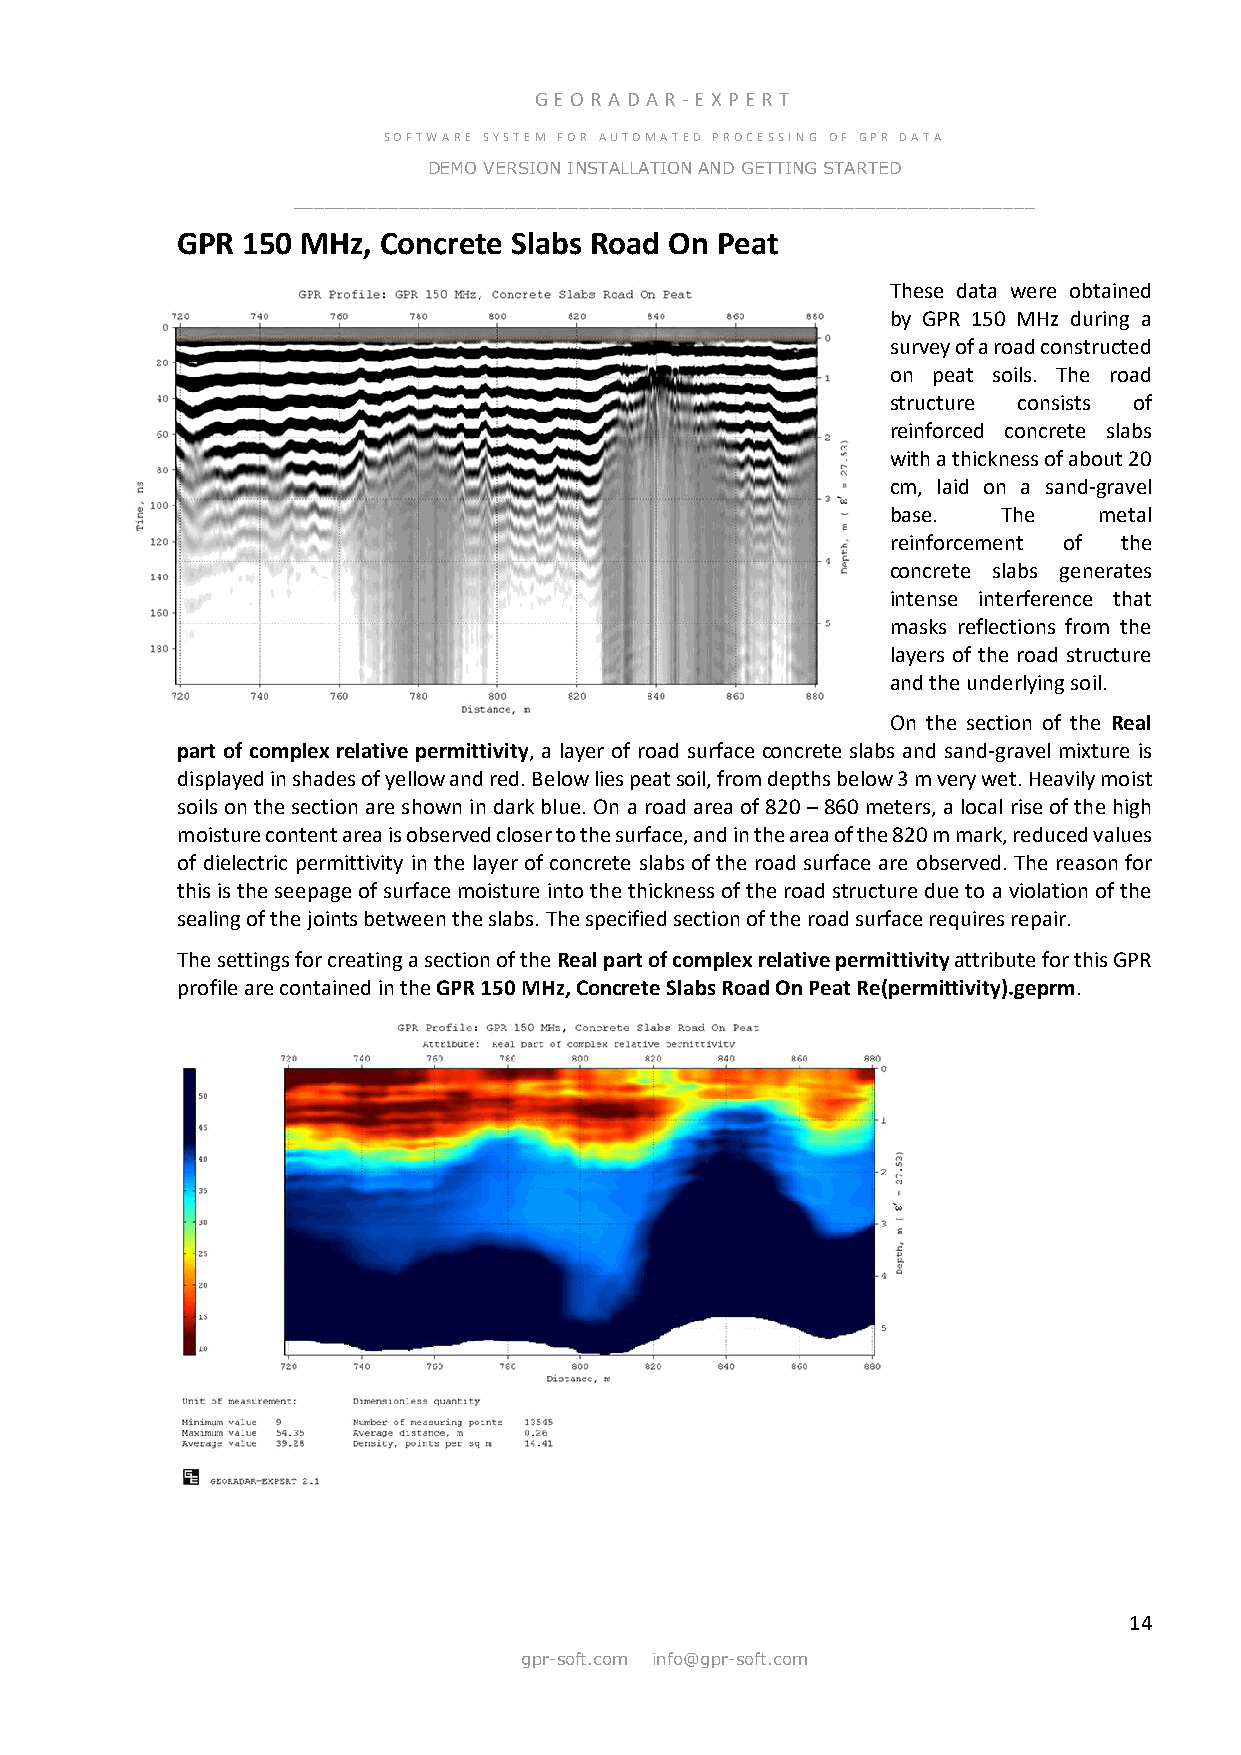
GE OR ADA R -E X PER T
 SOFTWARE SYSTEM FOR AUTOMATED PROCESSING OF GPR DATA
 DEMO VERSION INSTALLATION AND GETTING STARTED
 ______________________________________________________________________
 GPR 150 MHz, Concrete Slabs Road On Peat
 These data were obtained
 by GPR 150 MHz during a
 survey of a road constructed
 on peat soils. The road
 structure consists of
 reinforced concrete slabs
 with a thickness of about 20
 cm, laid on a sand-gravel
 base.  The    metal
 reinforcement of the
 concrete slabs generates
 intense interference that
 masks reflections from the
 layers of the road structure
 and the underlying soil.
 On the section of the Real
 part of complex relative permittivity, a layer of road surface concrete slabs and sand-gravel mixture is
 displayed in shades of yellow and red. Below lies peat soil, from depths below 3 m very wet. Heavily moist
 soils on the section are shown in dark blue. On a road area of 820 – 860 meters, a local rise of the high
 moisture content area is observed closer to the surface, and in the area of the 820 m mark, reduced values
 of dielectric permittivity in the layer of concrete slabs of the road surface are observed. The reason for
 this is the seepage of surface moisture into the thickness of the road structure due to a violation of the
 sealing of the joints between the slabs. The specified section of the road surface requires repair.
 The settings for creating a section of the Real part of complex relative permittivity attribute for this GPR
 profile are contained in the GPR 150 MHz, Concrete Slabs Road On Peat Re(permittivity).geprm.
 14
 gpr-soft.com info@gpr-soft.com